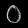
Digit: ၀